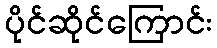
ပိုင်ဆိုင်ကြောင်း